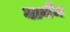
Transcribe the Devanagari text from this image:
बाबैन